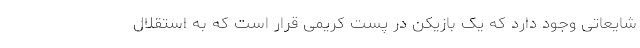
شایعاتی وجود دارد که یک بازیکن در پست کریمی قرار است که به استقلال